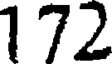
172